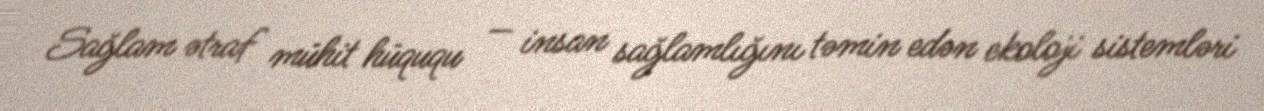
Sağlam ətraf mühit hüququ — insan sağlamlığını təmin edən ekoloji sistemləri